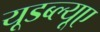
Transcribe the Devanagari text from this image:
यूडब्ल्यूए